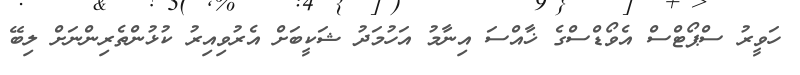
ހަވީރު ސްޕޯޓްސް އެވޯޑްސްގެ ޚާއްސަ އިނާމު އަހުމަދު ޝަކީބަށް އެރުވިއިރު ކުޅުންތެރިންނަށް ލިބޭ